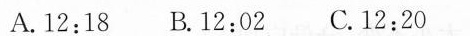
A.12:18 B.12:02 C.12:20